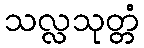
သလ္လသုတ္တံ